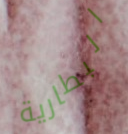
البطارية